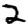
Digit: 2